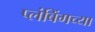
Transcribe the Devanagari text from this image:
प्लंबिंगच्या